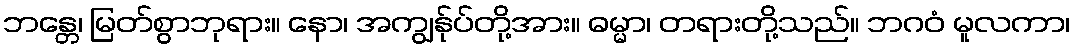
ဘန္တေ၊ မြတ်စွာဘုရား။ နော၊ အကျွန်ုပ်တို့အား။ ဓမ္မာ၊ တရားတို့သည်။ ဘဂဝံ မူလကာ၊